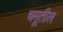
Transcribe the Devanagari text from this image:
चमूतील